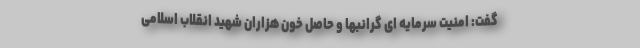
گفت: امنیت سرمایه ای گرانبها و حاصل خون هزاران شهید انقلاب اسلامی